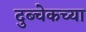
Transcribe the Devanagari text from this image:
दुब्चेकच्या